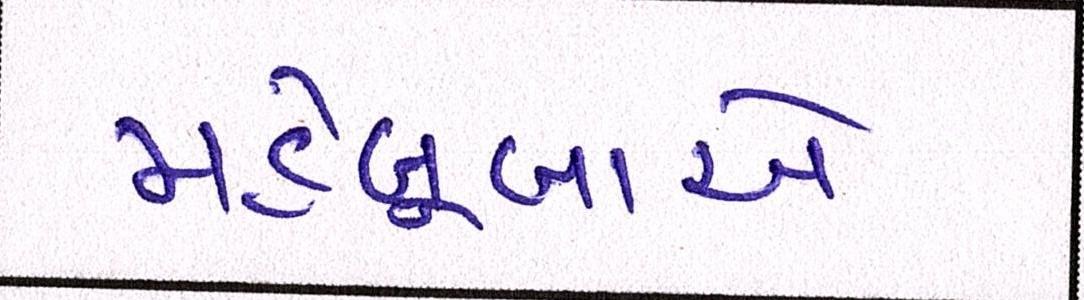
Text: મહેબૂબાએ